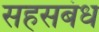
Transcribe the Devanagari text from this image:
सहसबंध